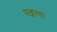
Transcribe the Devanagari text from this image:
सङ्गत्याः